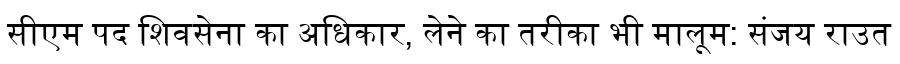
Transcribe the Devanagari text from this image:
सीएम पद शिवसेना का अधिकार, लेने का तरीका भी मालूम: संजय राउत